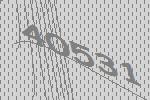
40531